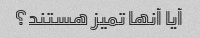
آیا آنها تمیز هستند؟